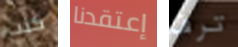
كنت إعتقدنا ترف